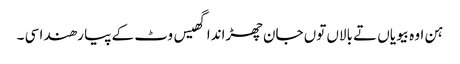
ہن اوہ بیویاں تے بالاں توں جان چھڑاندا گھیس وٹ کے پیا رھندا سی ۔